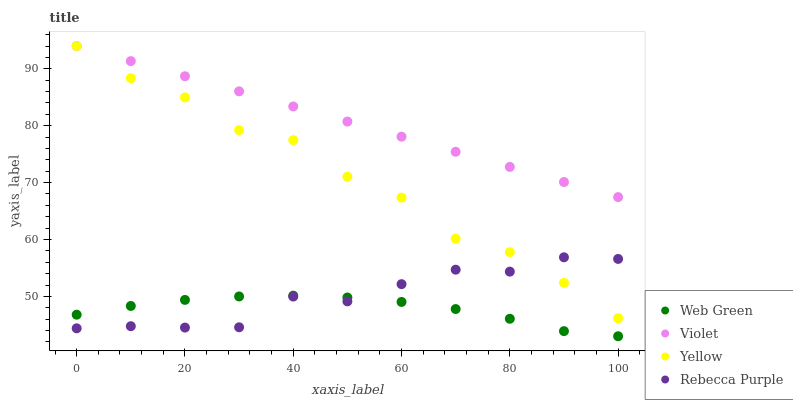
| xaxis_label | Web Green | Violet | Yellow | Rebecca Purple |
 | --- | --- | --- | --- | --- |
 | 0 | 46.8 | 94 | 94 | 44.4 |
 | 10 | 48.3 | 91.3 | 88.3 | 44.8 |
 | 20 | 49.4 | 88.7 | 85 | 44.5 |
 | 30 | 50 | 86 | 79.2 | 44.6 |
 | 40 | 50.1 | 83.4 | 77.5 | 50 |
 | 50 | 49.8 | 80.7 | 71 | 49.1 |
 | 60 | 49 | 78.1 | 67.4 | 52.2 |
 | 70 | 47.8 | 75.4 | 60.2 | 54.7 |
 | 80 | 46.1 | 72.8 | 57.8 | 54.4 |
 | 90 | 43.9 | 70.1 | 52.4 | 56.9 |
 | 100 | 43 | 67.4 | 46.2 | 56.6 |